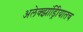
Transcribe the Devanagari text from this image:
अलेक्झांड्रिीयातच